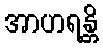
အာဟရန္တိ